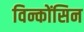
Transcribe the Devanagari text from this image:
विन्कोंसिन